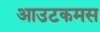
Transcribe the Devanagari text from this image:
आउटकमस